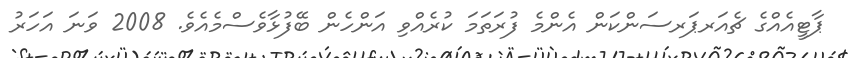
ޕާޓީއެއްގެ ޗެއަރޕަރސަންކަން އެންމެ ފުރަތަމަ ކުރެއްވި އަންހެން ބޭފުޅާވެސްމެއެވެ. 2008 ވަނަ އަހަރު